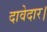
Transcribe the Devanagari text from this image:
दावेदार।